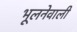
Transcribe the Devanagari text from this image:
भूलनेवाली